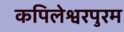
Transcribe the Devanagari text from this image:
कपिलेश्वरपुरम